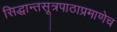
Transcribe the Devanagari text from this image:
सिद्धान्तसूत्रपाठाप्रमाणेच